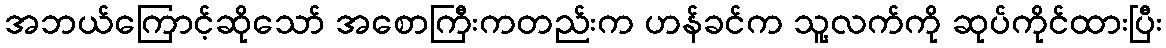
အဘယ်ကြောင့်ဆိုသော် အစောကြီးကတည်းက ဟန်ခင်က သူ့လက်ကို ဆုပ်ကိုင်ထားပြီး